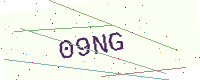
Text: 09NG